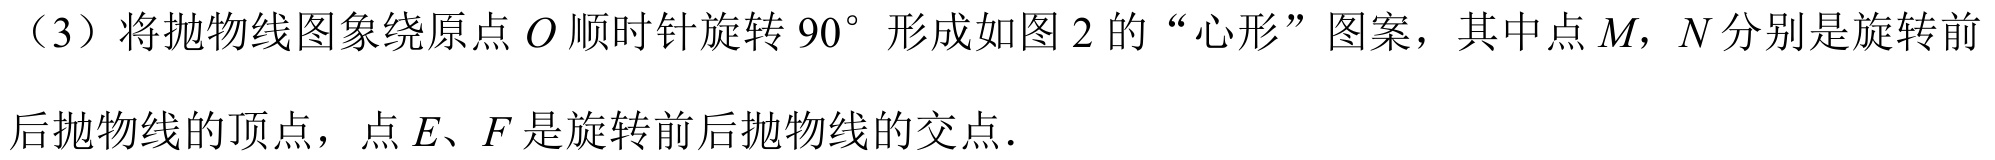
（3）将抛物线图象绕原点\(O\)顺时针旋转\(90^{\circ}\)形成如图2的“心形”图案，其中点\(M\)，\(N\)分别是旋转前后抛物线的顶点，点\(E\)、\(F\)是旋转前后抛物线的交点.